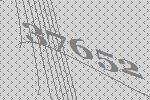
37652